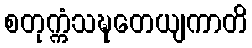
စတုက္ကံသဍ္ဎတေယျကာတိ